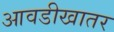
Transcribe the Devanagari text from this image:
आवडीखातर